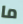
ما